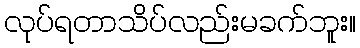
လုပ်ရတာသိပ်လည်းမခက်ဘူး။